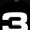
Digit: 3